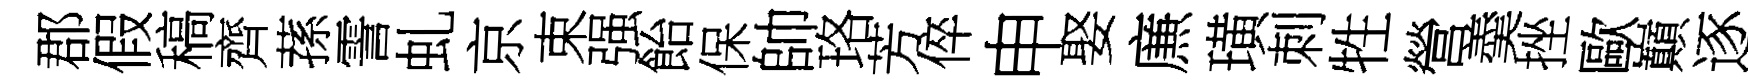
郡假稿齊蓀霅虬京束强飴保帥珞芳倅申娶㢘璜刺牲營羮挫歐巔逐